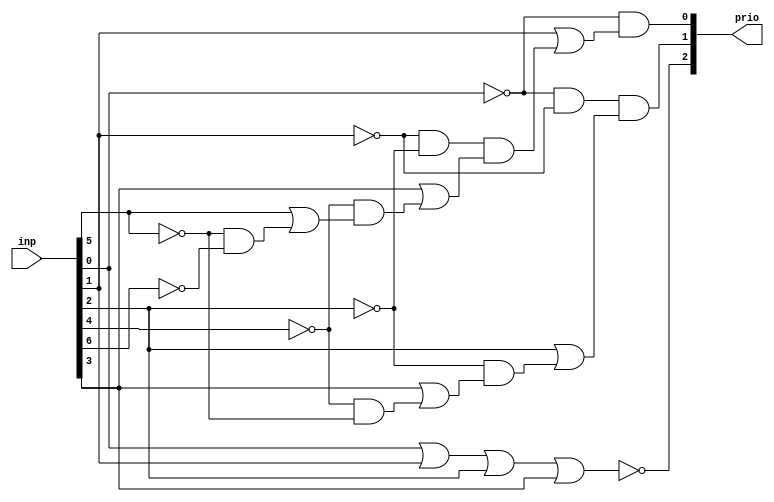
module eight_to_three (
    prio,
    inp
);

    output [2:0] prio; // * Priority order is the output
    input [7:0] inp; // * Input is a 8-bit long vector

    /*  * 
        * Simplified Boolean Expressions for each 
        * bit in the output using Karnaugh Maps */

    assign prio[2] = (~(inp[0] | inp[1] | inp[2] | inp[3]));
    assign prio[1] = (~inp[0]) & (~inp[1]) & (inp[2] | ((~inp[2]) & (inp[3] | ((~inp[4]) & (~inp[5])))));
    assign prio[0] = (~inp[0]) & (inp[1] | ((~inp[1]) & (~inp[2]) & (inp[3] | ((~inp[4]) & (inp[5] | ((~inp[5]) & (~inp[6])))))));
    
    // Default priority is 7/111
    // i.e., for input 00000000, priority is decoded to 7
    // (Due to assumptions for don't care terms in K-Map)

endmodule